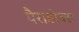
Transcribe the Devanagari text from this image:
पैराडोक्स